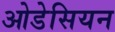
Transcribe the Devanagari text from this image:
ओडेसियन